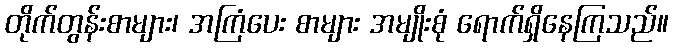
တိုက်တွန်းစာများ၊ အကြံပေး စာများ အမျိုးစုံ ရောက်ရှိနေကြသည်။